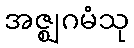
အဇ္ဈဂမံသု